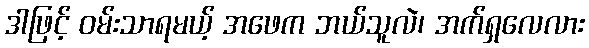
ဒါဖြင့် ဝမ်းသာရမယ့် အဖေက ဘယ်သူလဲ၊ အက်ရှလေလား